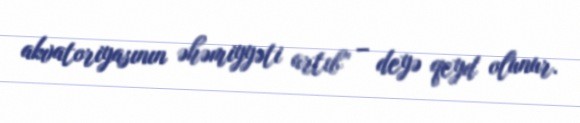
akvatoriyasının əhəmiyyəti artıb” – deyə qeyd olunur.